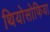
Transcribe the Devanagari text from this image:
थियोसोफिया